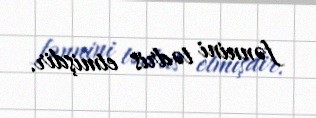
fənnini tədris etmişdir.